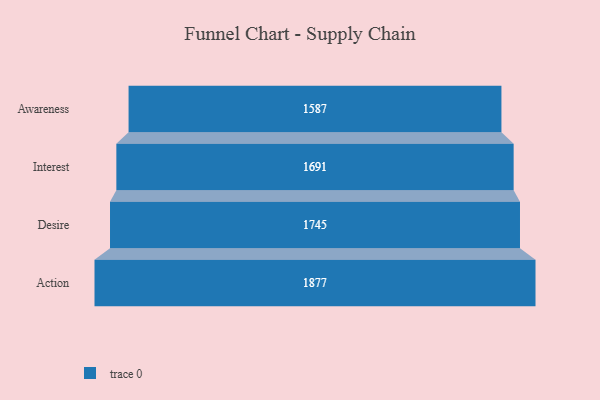
{"axis": {"x": "Stage", "y": "Value"}, "legend": [""], "data": [{"x": "Awareness", "y": 1587.0, "type": ""}, {"x": "Interest", "y": 1691.0, "type": ""}, {"x": "Desire", "y": 1745.0, "type": ""}, {"x": "Action", "y": 1877.0, "type": ""}]}